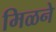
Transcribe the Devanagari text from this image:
मिळने